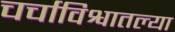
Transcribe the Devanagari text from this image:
चर्चाविश्वातल्या